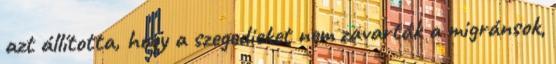
azt állította, hogy a szegedieket nem zavarták a migránsok,